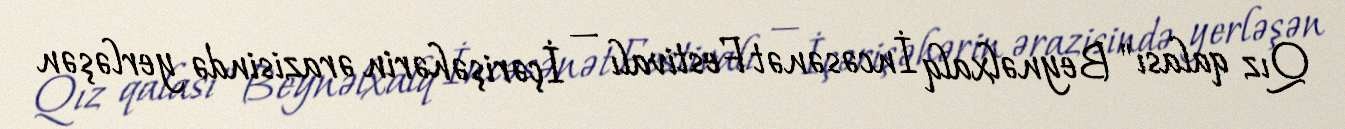
Qız qalası" Beynəlxalq İncəsənət Festivalı — İçərişəhərin ərazisində yerləşən